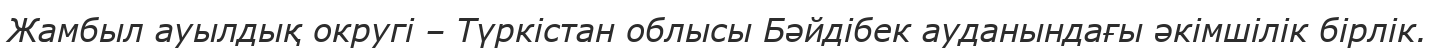
Жамбыл ауылдық округі – Түркістан облысы Бәйдібек ауданындағы әкімшілік бірлік.